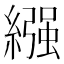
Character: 繦